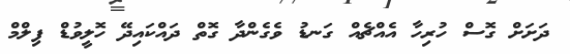
ދަށަށް ގޮސް ހުރިހާ އެއްޗެއް ގަނޑު ވެގެންދާ ގޮތް ދައްކައިދޭ ހޮލީވުޑް ފިލްމް